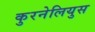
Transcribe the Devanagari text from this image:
कुरनेलियुस